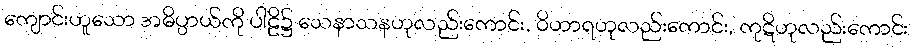
ကျောင်းဟူသော အဓိပ္ပာယ်ကို ပါဠိ၌ သေနာသနဟုလည်းကောင်း, ဝိဟာရဟုလည်းကောင်း, ကုဋိဟုလည်းကောင်း